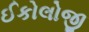
ઈકોલોજી